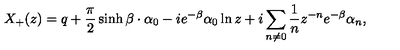
X _ { + } ( z ) = q + \frac { \pi } { 2 } \sinh \beta \cdot \alpha _ { 0 } - i e ^ { - \beta } \alpha _ { 0 } \ln z + i \sum _ { n \neq 0 } \frac { 1 } { n } z ^ { - n } e ^ { - \beta } \alpha _ { n } ,